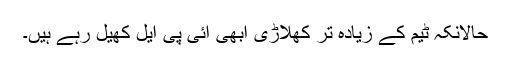
حالانکہ ٹیم کے زیادہ تر کھلاڑی ابھی آئی پی ایل کھیل رہے ہیں۔